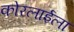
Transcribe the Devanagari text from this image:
कोरलाईला